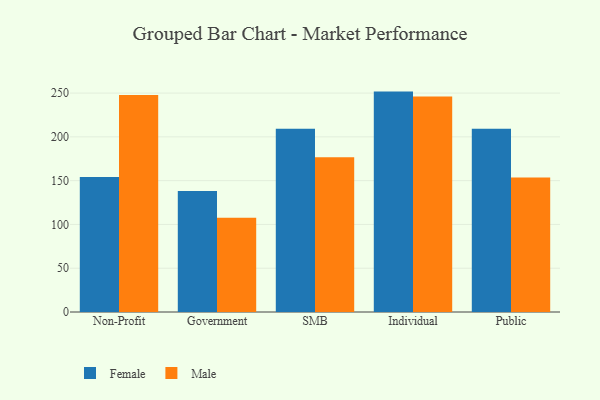
{"axis": {"x": "Segment", "y": "Website Visitors"}, "legend": ["Female", "Male"], "data": [{"x": "Non-Profit", "y": 154.2, "type": "Female"}, {"x": "Non-Profit", "y": 247.9, "type": "Male"}, {"x": "Government", "y": 138.2, "type": "Female"}, {"x": "Government", "y": 107.7, "type": "Male"}, {"x": "SMB", "y": 209.4, "type": "Female"}, {"x": "SMB", "y": 176.6, "type": "Male"}, {"x": "Individual", "y": 251.7, "type": "Female"}, {"x": "Individual", "y": 246.1, "type": "Male"}, {"x": "Public", "y": 209.4, "type": "Female"}, {"x": "Public", "y": 153.6, "type": "Male"}]}